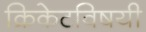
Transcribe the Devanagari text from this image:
क्रिकेटविषयी